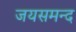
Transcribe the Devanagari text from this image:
जयसमन्‍द